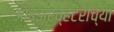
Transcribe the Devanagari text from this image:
ऑब्झरव्हेटरीच्या